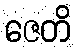
ဇေတိ